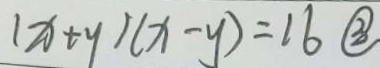
( x + y ) ( x - y ) = 1 6 \textcircled { 3 }